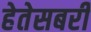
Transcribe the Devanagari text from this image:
हेतेसबरी